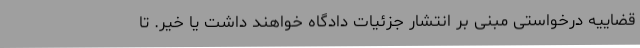
قضاییه درخواستی مبنی بر انتشار جزئیات دادگاه خواهند داشت یا خیر. تا